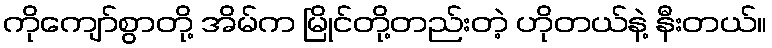
ကိုကျော်စွာတို့ အိမ်က မြိုင်တို့တည်းတဲ့ ဟိုတယ်နဲ့ နီးတယ်။